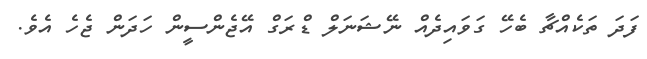
ފަދަ ތަކެއްޗާ ބެހޭ ގަވައިދެއް ނޭޝަނަލް ޑްރަގް އޭޖެންސީން ހަދަން ޖެހެ އެވެ.